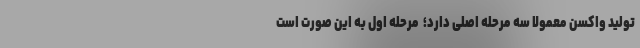
تولید واکسن معمولا سه مرحله اصلی دارد؛ ‌ مرحله اول به این صورت است